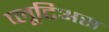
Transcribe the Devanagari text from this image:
प्लूटिअस